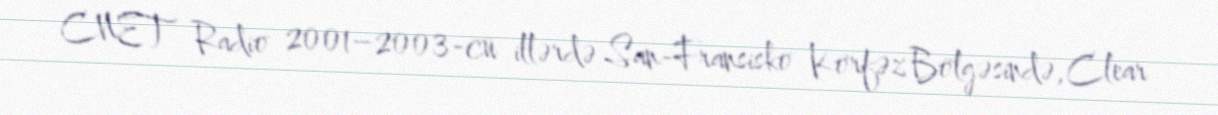
CNET Radio 2001–2003-cü illərdə San-Fransisko Körfəz Bölgəsində, Clear